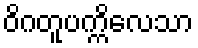
ဝိဂတူပက္ကိလေသာ